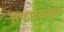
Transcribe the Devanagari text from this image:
तफावतामुळे